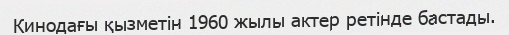
Кинодағы қызметін 1960 жылы актер ретінде бастады.